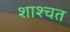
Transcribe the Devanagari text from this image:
शाश्चत